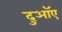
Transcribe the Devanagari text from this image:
दुआॅए